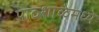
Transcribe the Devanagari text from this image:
पाठशाळेमध्ये